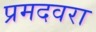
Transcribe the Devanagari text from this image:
प्रमदवरा